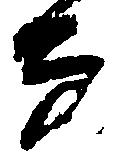
な